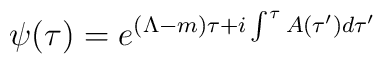
\psi(\tau)=e^{(\Lambda-m)\tau+i\int^\tau A(\tau^\prime)d\tau^\prime}